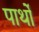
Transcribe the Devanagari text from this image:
पार्थो